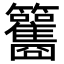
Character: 𥸑